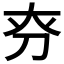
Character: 𠛞